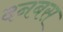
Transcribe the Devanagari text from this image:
दनबस